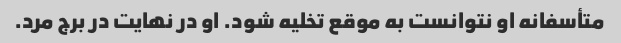
متأسفانه او نتوانست به موقع تخلیه شود. او در نهایت در برج مرد.